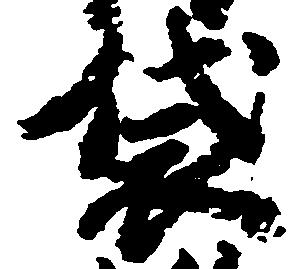
袋